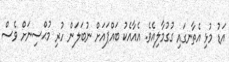
އަޑު މުޅި އެތާނގައި ގުގުމާލިއެވެ. އެއާއެކު ބައްޕައަށް ނުބަލަން ހުރި މުޙްސިނަށް ވެސް